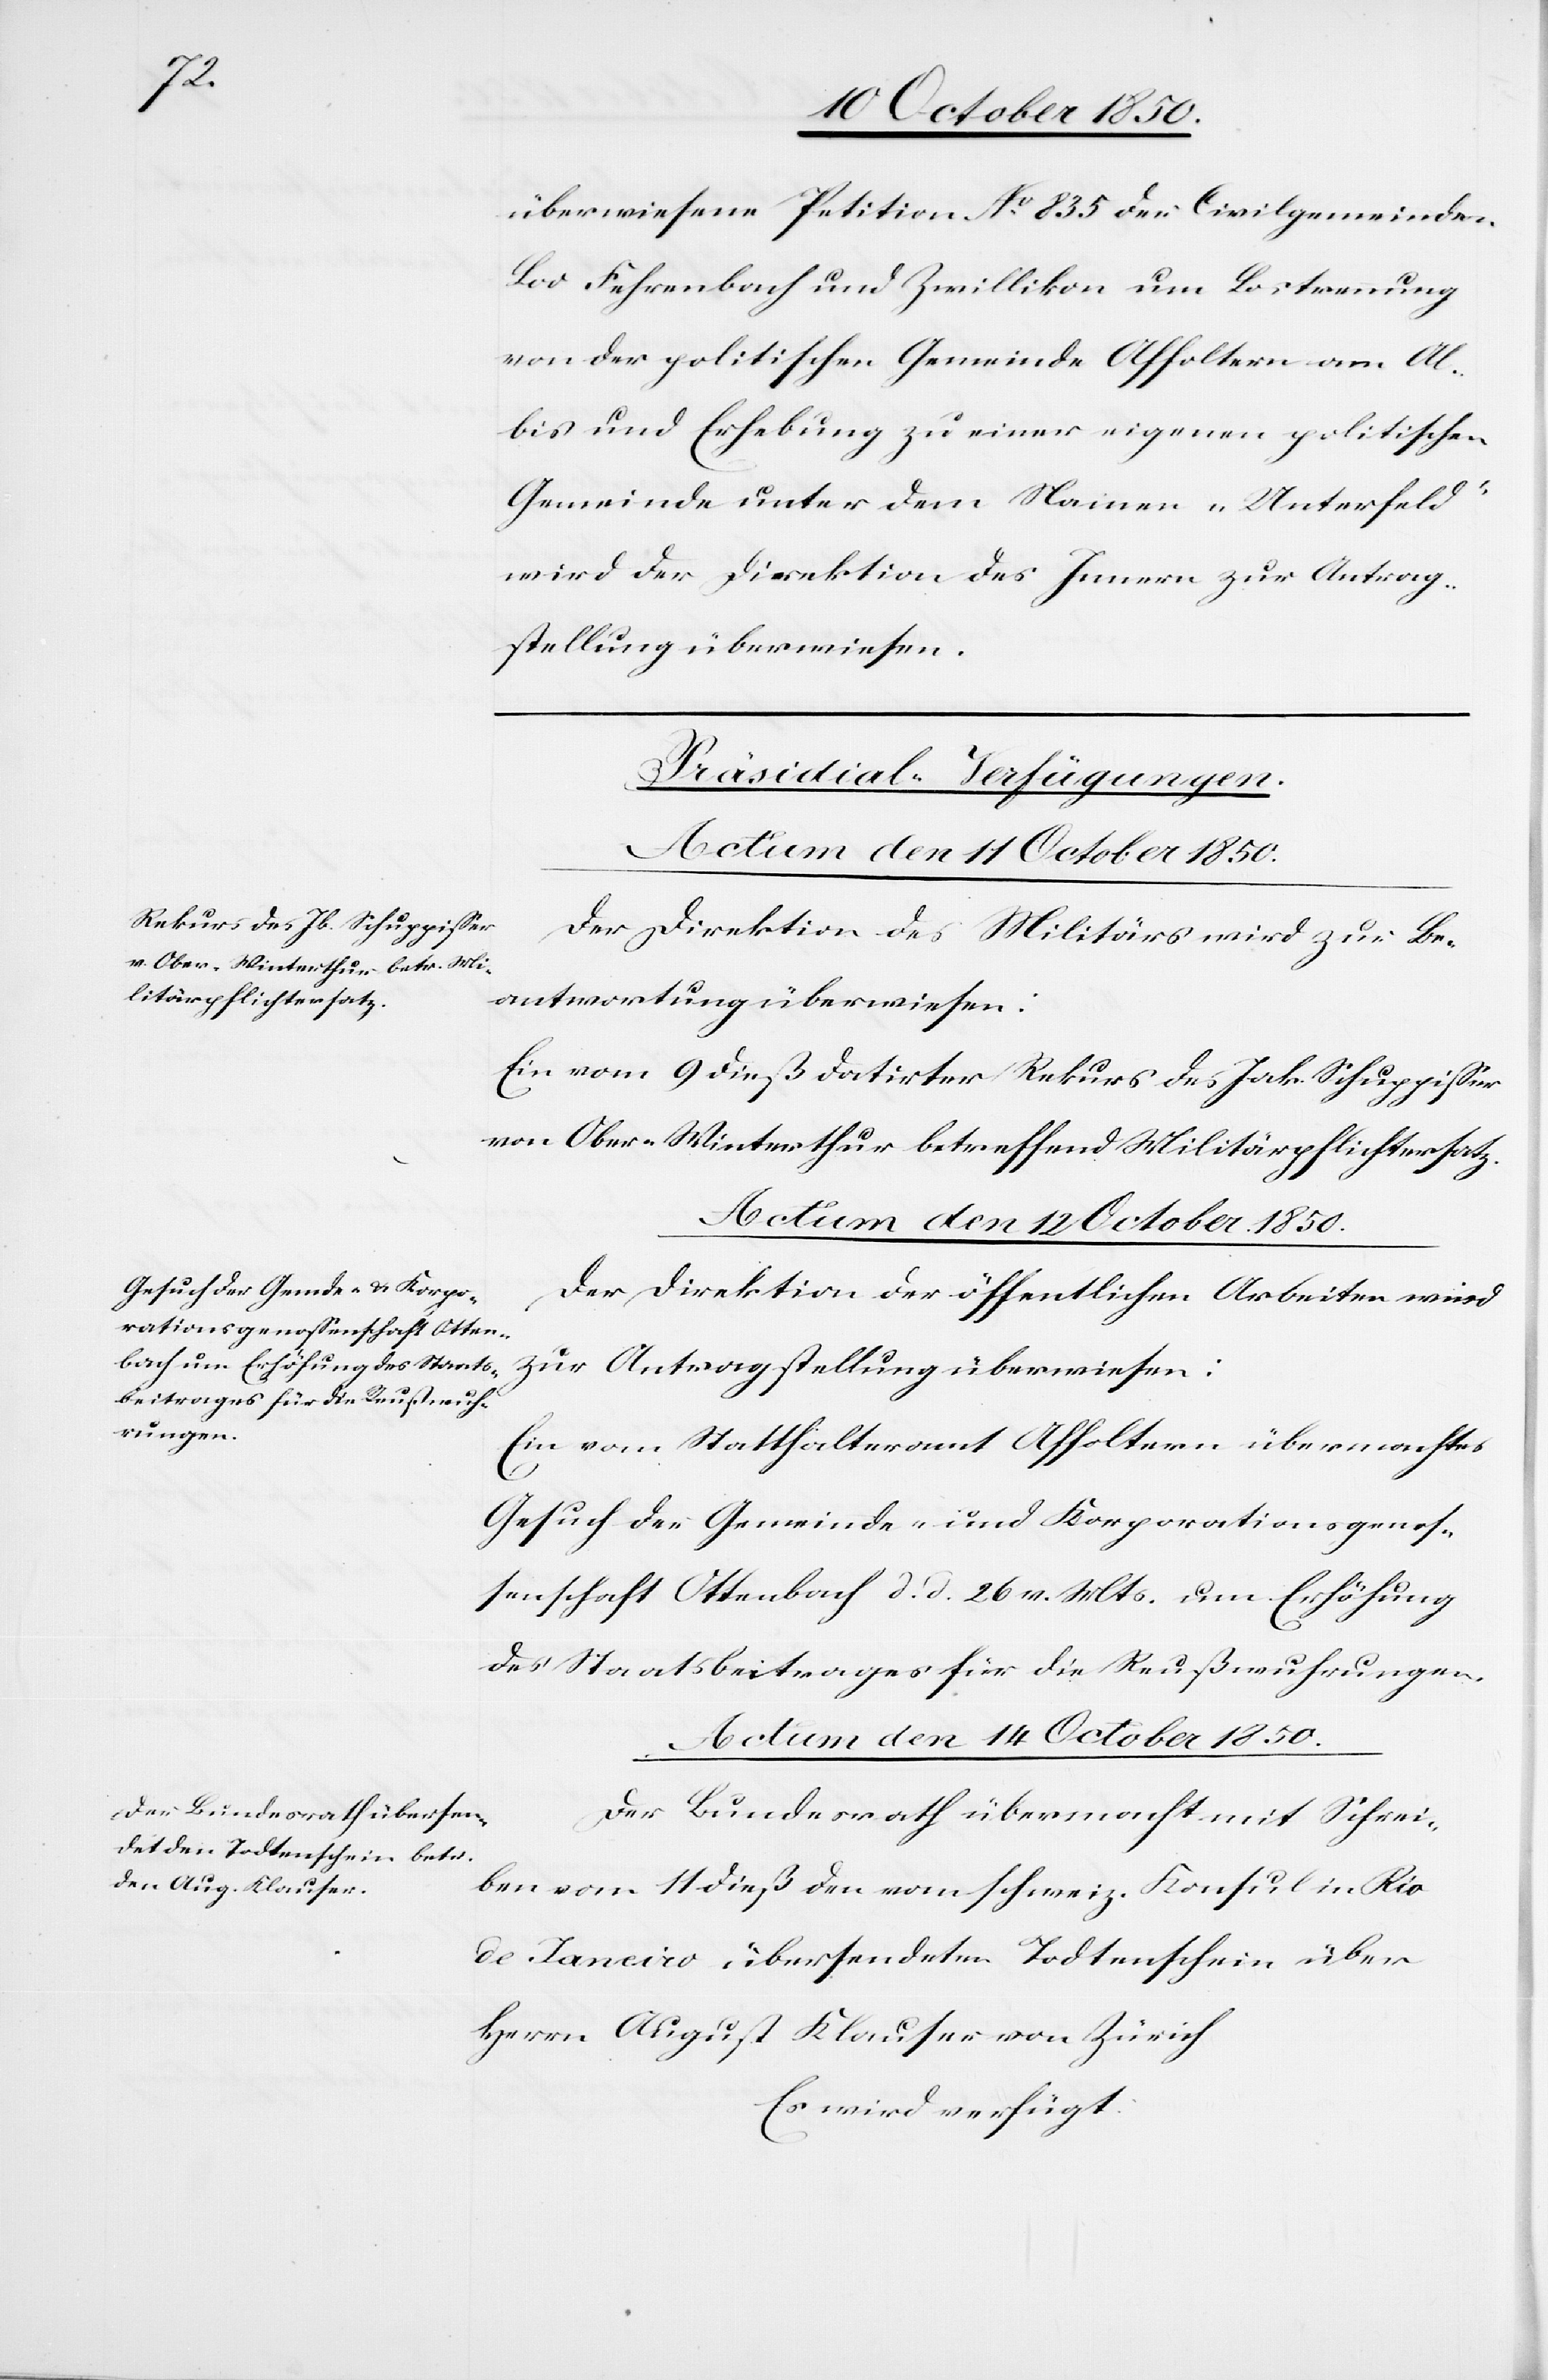
überwiesene Petition No 835 der Civilgemeinden
Fehrenbach und Zwillikon um Lostrennung
von der politischen Gemeinde Affoltern am Al¬
bis und Erhebung zu einer eigenen politischen
Gemeinde unter dem Namen „Unterfeld“
wird der Direktion des Innern zur Antrag¬
stellung überwiesen.
[Präsidial-Verfügungen.]
Actum den 11 October 1850.
Der Direktion des Militärs wird zur Be¬
antwortung überwiesen:
Ein vom 9 dieß datirter Rekurs des Jak. Schuppisser
von Ober-Winterthur betreffend Militärpflichtersatz.
Actum den 14 October 1850.
Der Direktion der öffentlichen Arbeiten wird
zur Antragstellung überwiesen:
Ein vom Statthalteramt Affoltern übermachtes
Gesuch der Gemeinde- und Korporationsgenos¬
senschaft Ottenbach d. d. 26 v. Mts. um Erhöhung
des Staatsbeitrages für die Reußwuhrungen.
Der Bundesrath übermacht mit Schrei¬
ben vom 11 dieß den vom schweiz. Konsul in Rio
de Janeiro übersendeten Todtenschein über
Herrn August Klauser von Zürich
Es wird verfügt: